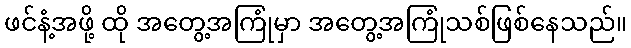
ဖင်နံ့အဖို့ ထို အတွေ့အကြုံမှာ အတွေ့အကြုံသစ်ဖြစ်နေသည်။